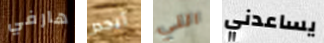
هارفي أيجدر التي يساعدني